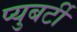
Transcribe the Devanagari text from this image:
प्युबर्टी